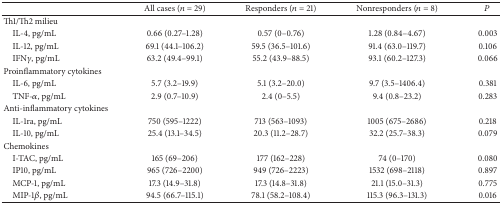
<table><thead><tr><td><b> </b></td><td><b>All cases (<i>n</i> = 29)</b></td><td><b>Responders (<i>n</i> = 21)</b></td><td><b>Nonresponders (<i>n</i> = 8)</b></td><td><b><i>P</i></b></td></tr></thead><tbody><tr><td>Th1/Th2 milieu</td><td> </td><td> </td><td> </td><td> </td></tr><tr><td> IL-4, pg/mL</td><td>0.66 (0.27–1.28)</td><td>0.57 (0–0.76)</td><td>1.28 (0.84–4.67)</td><td>0.003</td></tr><tr><td> IL-12, pg/mL</td><td>69.1 (44.1–106.2)</td><td>59.5 (36.5–101.6)</td><td>91.4 (63.0–119.7)</td><td>0.106</td></tr><tr><td> IFN<i>γ</i>, pg/mL</td><td>63.2 (49.4–99.1)</td><td>55.2 (43.9–88.5)</td><td>93.1 (60.2–127.3)</td><td>0.066</td></tr><tr><td>Proinflammatory cytokines</td><td> </td><td> </td><td> </td><td> </td></tr><tr><td> IL-6, pg/mL</td><td>5.7 (3.2–19.9)</td><td>5.1 (3.2–20.0)</td><td>9.7 (3.5–1406.4)</td><td>0.381</td></tr><tr><td> TNF-<i>α</i>, pg/mL</td><td>2.9 (0.7–10.9)</td><td>2.4 (0–5.5)</td><td>9.4 (0.8–23.2)</td><td>0.283</td></tr><tr><td>Anti-inflammatory cytokines</td><td> </td><td> </td><td> </td><td> </td></tr><tr><td> IL-1ra, pg/mL</td><td>750 (595–1222)</td><td>713 (563–1093)</td><td>1005 (675–2686)</td><td>0.218</td></tr><tr><td> IL-10, pg/mL</td><td>25.4 (13.1–34.5)</td><td>20.3 (11.2–28.7)</td><td>32.2 (25.7–38.3)</td><td>0.079</td></tr><tr><td>Chemokines</td><td> </td><td> </td><td> </td><td> </td></tr><tr><td> I-TAC, pg/mL</td><td>165 (69–206)</td><td>177 (162–228)</td><td>74 (0–170)</td><td>0.080</td></tr><tr><td> IP10, pg/mL</td><td>965 (726–2200)</td><td>949 (726–2223)</td><td>1532 (698–2118)</td><td>0.897</td></tr><tr><td> MCP-1, pg/mL</td><td>17.3 (14.9–31.8)</td><td>17.3 (14.8–31.8)</td><td>21.1 (15.0–31.3)</td><td>0.775</td></tr><tr><td> MIP-1<i>β</i>, pg/mL</td><td>94.5 (66.7–115.1)</td><td>78.1 (58.2–108.4)</td><td>115.3 (96.3–131.3)</td><td>0.016</td></tr></tbody></table>